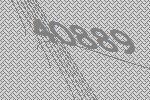
40889